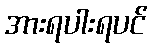
အားရပါးရပင်